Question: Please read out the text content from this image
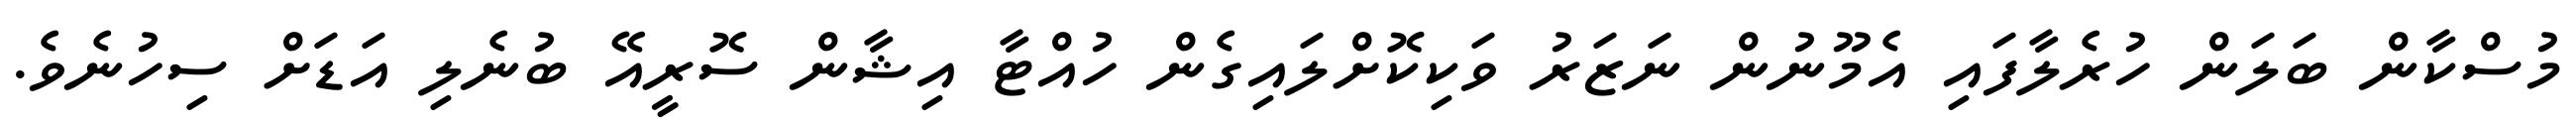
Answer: މުސްކާން ބަލަން ހުރެލާފައި އެމޫނުން ނަޒަރު ވަކިކޮށްލައިގެން ހުއްޓާ އިޝާން ސޮރީއޭ ބުނެލި އަޑަށް ސިހުނެވެ.